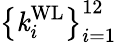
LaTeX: \left\{ \mathit{k}_{i}^{\mathrm{{WL}}}\right\} _{i=1}^{12}